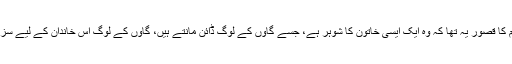
مقتول ہیم برم سوم کا قصور یہ تھا کہ وہ ایک ایسی خاتون کا شوہر ہے، جسے گاؤں کے لوگ ڈائن مانتے ہیں، گاؤں کے لوگ اس خاندان کے لیے سزا طے کرتے ہیں۔